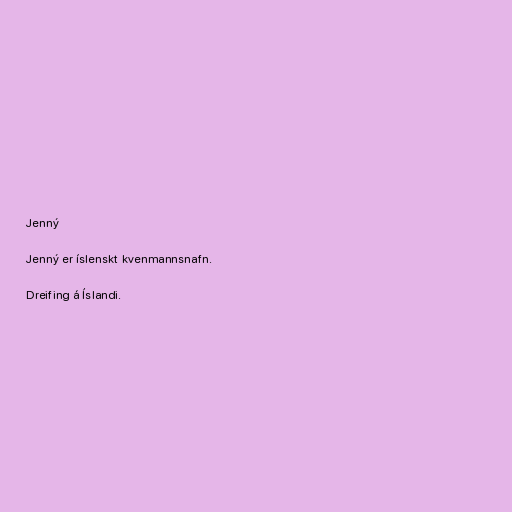
Jenný

Jenný er íslenskt kvenmannsnafn.

Dreifing á Íslandi.